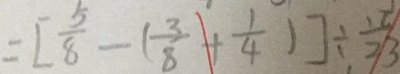
= [ \frac { 5 } { 8 } - ( \frac { 3 } { 8 } + \frac { 1 } { 4 } ) ] \div \frac { 1 6 } { 2 3 }